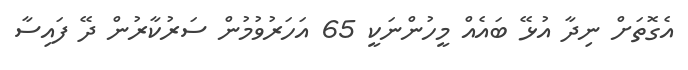
އެގޮތަށް ނިދާ އުޅޭ ބައެއް މީހުންނަކީ 65 އަހަރުވުމުން ސަރުކާރުން ދޭ ފައިސާ